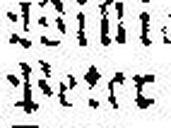
Peter